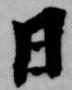
日